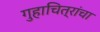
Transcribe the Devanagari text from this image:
गुहाचित्रांचा